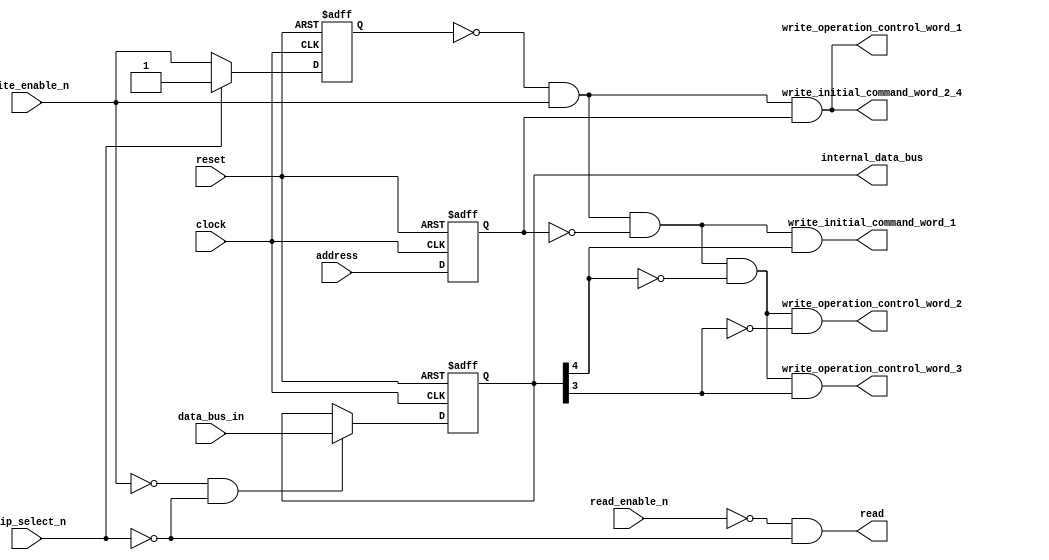
`default_nettype none

module KF8259_Bus_Control_Logic (
	input		wire					clock,
	input		wire					reset,
	input		wire					chip_select_n,
	input		wire					read_enable_n,
	input		wire					write_enable_n,
	input		wire					address,
	input		wire	[7:0]			data_bus_in,
	output	reg	[7:0]			internal_data_bus,
	output	wire					write_initial_command_word_1,
	output	wire					write_initial_command_word_2_4,
	output	wire					write_operation_control_word_1,
	output	wire					write_operation_control_word_2,
	output	wire					write_operation_control_word_3,
	output	wire					read
	);

	reg prev_write_enable_n;
	wire write_flag;
	reg stable_address;
	always @(posedge clock or posedge reset)
		if (reset)
			internal_data_bus <= 8'b00000000;
		else if (~write_enable_n & ~chip_select_n)
			internal_data_bus <= data_bus_in;
		else
			internal_data_bus <= internal_data_bus;
	always @(posedge clock or posedge reset)
		if (reset)
			prev_write_enable_n <= 1'b1;
		else if (chip_select_n)
			prev_write_enable_n <= 1'b1;
		else
			prev_write_enable_n <= write_enable_n;
	assign write_flag = ~prev_write_enable_n & write_enable_n;
	always @(posedge clock or posedge reset)
		if (reset)
			stable_address <= 1'b0;
		else
			stable_address <= address;
	assign write_initial_command_word_1 = (write_flag & ~stable_address) & internal_data_bus[4];
	assign write_initial_command_word_2_4 = write_flag & stable_address;
	assign write_operation_control_word_1 = write_flag & stable_address;
	assign write_operation_control_word_2 = ((write_flag & ~stable_address) & ~internal_data_bus[4]) & ~internal_data_bus[3];
	assign write_operation_control_word_3 = ((write_flag & ~stable_address) & ~internal_data_bus[4]) & internal_data_bus[3];
	assign read = ~read_enable_n & ~chip_select_n;
endmodule